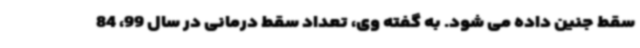
سقط جنین داده می شود.‌ به گفته وی، تعداد سقط درمانی در سال 99، 84